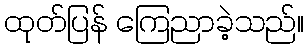
ထုတ်ပြန် ကြေညာခဲ့သည်။